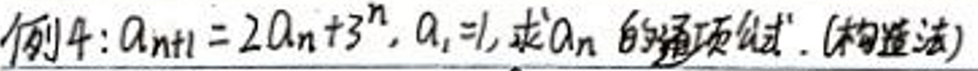
例4: \(a_{n+1}=2a_{n}+3^{n}\), \(a_{1}=1\), 求\(a_{n}\)的通项公式. (构造法)